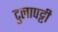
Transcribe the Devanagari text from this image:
टुलापट्टी